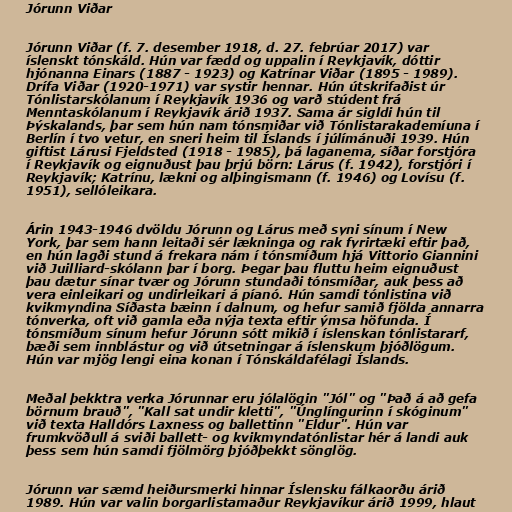
Jórunn Viðar

Jórunn Viðar (f. 7. desember 1918, d. 27. febrúar 2017) var
íslenskt tónskáld. Hún var fædd og uppalin í Reykjavík, dóttir
hjónanna Einars (1887 - 1923) og Katrínar Viðar (1895 - 1989).
Drífa Viðar (1920-1971) var systir hennar. Hún útskrifaðist úr
Tónlistarskólanum í Reykjavík 1936 og varð stúdent frá
Menntaskólanum í Reykjavík árið 1937. Sama ár sigldi hún til
Þýskalands, þar sem hún nam tónsmiðar við Tónlistarakademíuna í
Berlín í tvo vetur, en sneri heim til Íslands í júlímánuði 1939. Hún
giftist Lárusi Fjeldsted (1918 - 1985), þá laganema, síðar forstjóra
í Reykjavík og eignuðust þau þrjú börn: Lárus (f. 1942), forstjóri í
Reykjavík; Katrínu, lækni og alþingismann (f. 1946) og Lovísu (f.
1951), sellóleikara.

Árin 1943-1946 dvöldu Jórunn og Lárus með syni sínum í New
York, þar sem hann leitaði sér lækninga og rak fyrirtæki eftir það,
en hún lagði stund á frekara nám í tónsmíðum hjá Vittorio Giannini
við Juilliard-skólann þar í borg. Þegar þau fluttu heim eignuðust
þau dætur sínar tvær og Jórunn stundaði tónsmíðar, auk þess að
vera einleikari og undirleikari á píanó. Hún samdi tónlistina við
kvikmyndina Síðasta bæinn í dalnum, og hefur samið fjölda annarra
tónverka, oft við gamla eða nýja texta eftir ýmsa höfunda. Í
tónsmíðum sínum hefur Jórunn sótt mikið í íslenskan tónlistararf,
bæði sem innblástur og við útsetningar á íslenskum þjóðlögum.
Hún var mjög lengi eina konan í Tónskáldafélagi Íslands.

Meðal þekktra verka Jórunnar eru jólalögin "Jól" og "Það á að gefa
börnum brauð", "Kall sat undir kletti", "Únglíngurinn í skóginum"
við texta Halldórs Laxness og ballettinn "Eldur". Hún var
frumkvöðull á sviði ballett- og kvikmyndatónlistar hér á landi auk
þess sem hún samdi fjölmörg þjóðþekkt sönglög.

Jórunn var sæmd heiðursmerki hinnar Íslensku fálkaorðu árið
1989. Hún var valin borgarlistamaður Reykjavíkur árið 1999, hlaut